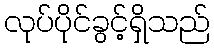
လုပ်ပိုင်ခွင့်ရှိသည်